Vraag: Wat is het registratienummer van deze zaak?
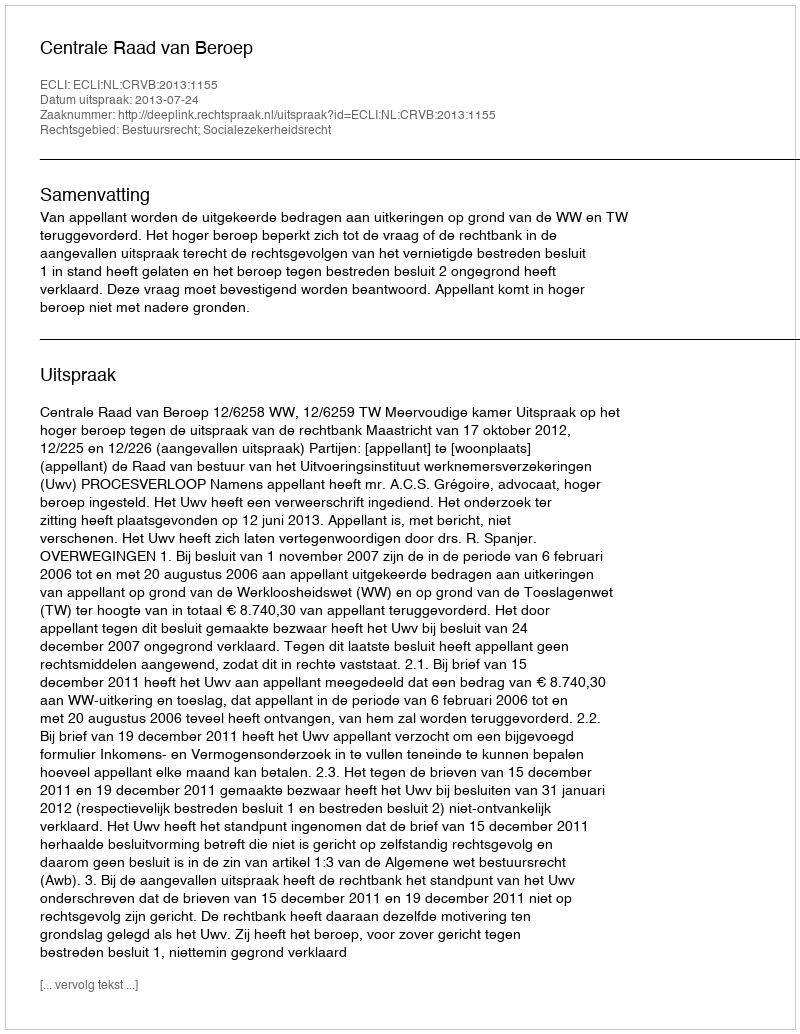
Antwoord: http://deeplink.rechtspraak.nl/uitspraak?id=ECLI:NL:CRVB:2013:1155